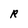
Character: R